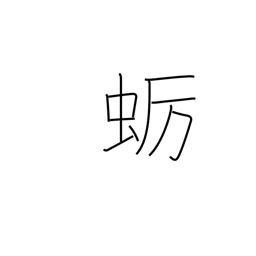
Meaning: oyster